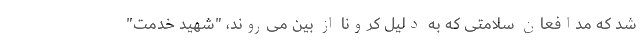
شد که مدافعان سلامتی که به دلیل کرونا از بین می‌روند، "شهید خدمت"